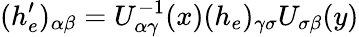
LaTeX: (h_{e}^{\prime})_{\alpha\beta}=U_{\alpha\gamma}^{-1}(x)(h_{e})_{\gamma\sigma}U_{\sigma\beta}(y)